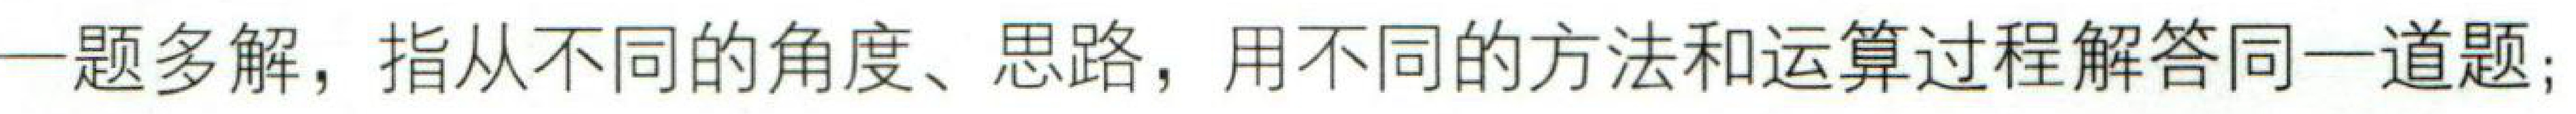
一题多解，指从不同的角度、思路，用不同的方法和运算过程解答同一道题;